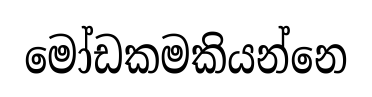
මෝඩකමකියන්නෙ